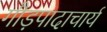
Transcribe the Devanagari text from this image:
गौड़पादाचार्य